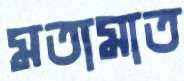
মতামাত